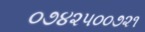
૦૭૪૨૫૦૦૭૨૧